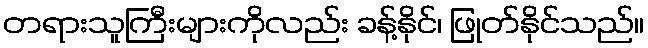
တရားသူကြီးများကိုလည်း ခန့်နိုင်၊ ဖြုတ်နိုင်သည်။